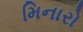
મિનારો